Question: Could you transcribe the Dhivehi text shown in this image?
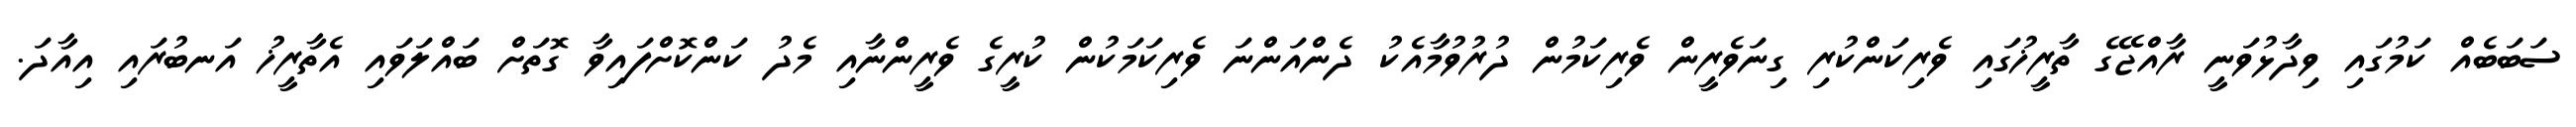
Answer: ސަބަބެއް ކަމުގައި ވިދާޅުވަނީ ރާއްޖޭގެ ތާރީޚުގައި ވެރިކަންކުރި ގިނަވެރީން ވެރިކަމުން ދުރުވުމާއެކު ދެންއަންނަ ވެރިކަމަކުން ކުރީގެ ވެރީންނާއި މެދު ކަންކޮށްފައިވާ ގޮތަށް ބައްލަވައި އެތާރީޚު އަނބުރައި އިއާދަ.